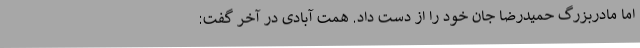
اما مادربزرگ حمیدرضا جان خود را از دست داد. همت آبادی در آخر گفت: